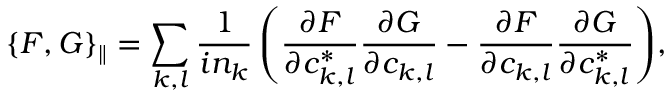
\left\{ F , G \right\} _ { \parallel } = \sum _ { k , l } { \frac { 1 } { i n _ { k } } \left( \frac { \partial F } { \partial c _ { k , l } ^ { * } } \frac { \partial G } { \partial c _ { k , l } } - \frac { \partial F } { \partial c _ { k , l } } \frac { \partial G } { \partial c _ { k , l } ^ { * } } \right) } ,